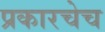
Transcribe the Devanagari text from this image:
प्रकारचेच